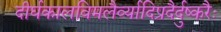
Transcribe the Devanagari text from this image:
दीर्घकालविमलैर्व्यादिप्रदैर्दुष्करैः